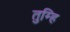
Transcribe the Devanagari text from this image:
तुम्हि